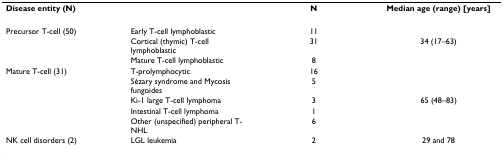
<table><thead><tr><td><b>Disease entity (N)</b></td><td></td><td><b>N</b></td><td><b>Median age (range) [years]</b></td></tr></thead><tbody><tr><td>Precursor T-cell (50)</td><td>Early T-cell lymphoblastic</td><td>11</td><td></td></tr><tr><td></td><td>Cortical (thymic) T-cell lymphoblastic</td><td>31</td><td>34 (17–63)</td></tr><tr><td></td><td>Mature T-cell lymphoblastic</td><td>8</td><td></td></tr><tr><td>Mature T-cell (31)</td><td>T-prolymphocytic</td><td>16</td><td></td></tr><tr><td></td><td>Sézary syndrome and Mycosis fungoides</td><td>5</td><td></td></tr><tr><td></td><td>Ki-1 large T-cell lymphoma</td><td>3</td><td>65 (48–83)</td></tr><tr><td></td><td>Intestinal T-cell lymphoma</td><td>1</td><td></td></tr><tr><td></td><td>Other (unspecified) peripheral T-NHL</td><td>6</td><td></td></tr><tr><td>NK cell disorders (2)</td><td>LGL leukemia</td><td>2</td><td>29 and 78</td></tr></tbody></table>